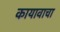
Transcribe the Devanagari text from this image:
कायावाचा